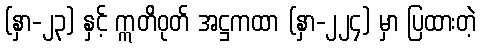
(နှာ-၂၃) နှင့် ဣတိဝုတ် အဋ္ဌကထာ (နှာ-၂၂၄) မှာ ပြထားတဲ့